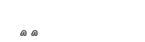
٦٨